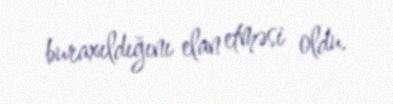
buraxıldığını elan etməsi oldu.